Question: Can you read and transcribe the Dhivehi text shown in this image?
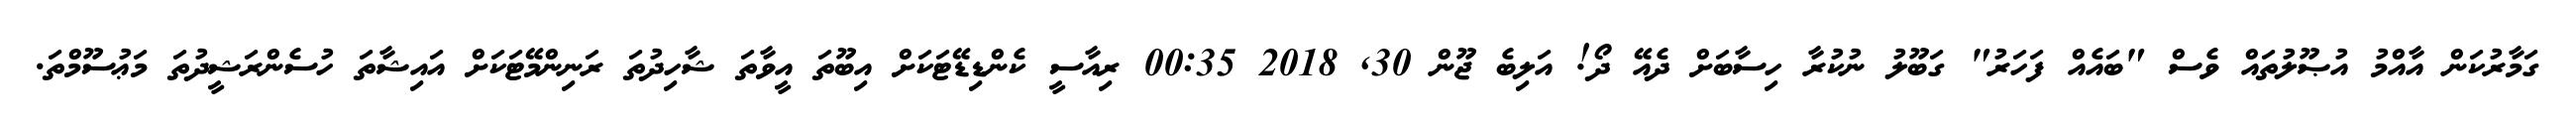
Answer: ގަމާރުކަން އާއްމު އުޞޫލުތައް ވެސް "ބައެއް ފަހަރު" ގަބޫލު ނުކުރާ ހިސާބަށް ދެއޭ ދޯ! އަލިބެ ޖޫން 30, 2018 00:35 ރިއާސީ ކެންޑިޑޭޓަކަށް އިބޫތަ އީވާތަ ޝާހިދުތަ ރަނިންމޭޓަކަށް އައިޝާތަ ހުސެންރަޝީދުތަ މަޢުސޫމްތަ.